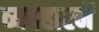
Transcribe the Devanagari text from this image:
व्यवहारमें